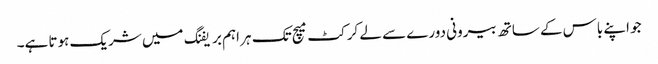
جو اپنے باس کے ساتھ بیرونی دورے سے لے کرکٹ میچ تک ہر اہم بریفنگ میں شریک ہوتا ہے۔